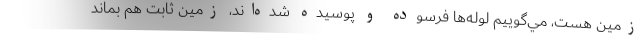
زمين هست، مي‌گوييم لوله‌ها فرسوده و پوسيده شده‌اند، زمين ثابت هم بماند